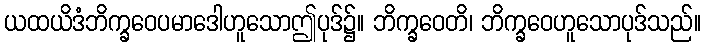
ယထယိဒံဘိက္ခဝေပမာဒေါဟူသောဤပုဒ်၌။ ဘိက္ခဝေတိ၊ ဘိက္ခဝေဟူသောပုဒ်သည်။